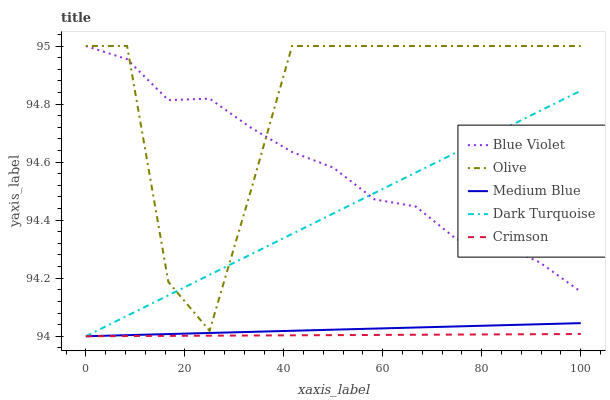
| xaxis_label | Blue Violet | Olive | Medium Blue | Dark Turquoise | Crimson |
 | --- | --- | --- | --- | --- | --- |
 | 0 | 95 | 95 | 94 | 94 | 94 |
 | 8.33 | 95 | 95 | 94 | 94.1 | 94 |
 | 16.7 | 94.8 | 94.2 | 94 | 94.1 | 94 |
 | 25 | 94.8 | 94 | 94 | 94.2 | 94 |
 | 33.3 | 94.7 | 94.5 | 94 | 94.3 | 94 |
 | 41.7 | 94.6 | 95 | 94 | 94.4 | 94 |
 | 50 | 94.6 | 95 | 94 | 94.4 | 94 |
 | 58.3 | 94.5 | 95 | 94 | 94.5 | 94 |
 | 66.7 | 94.4 | 95 | 94 | 94.6 | 94 |
 | 75 | 94.3 | 95 | 94 | 94.6 | 94 |
 | 83.3 | 94.3 | 95 | 94 | 94.7 | 94 |
 | 91.7 | 94.3 | 95 | 94 | 94.8 | 94 |
 | 100 | 94.2 | 95 | 94 | 94.8 | 94 |